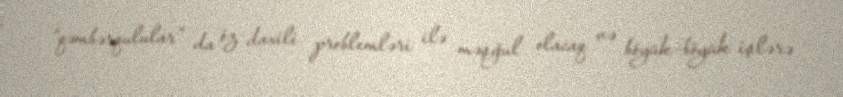
“qəmbərqulular” da öz daxili problemləri ilə məşğul olacaq və böyük-böyük işlərə